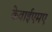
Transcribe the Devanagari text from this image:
केवाईएमए